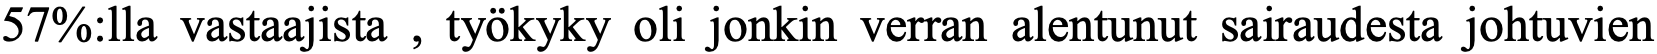
57%:lla vastaajista , työkyky oli jonkin verran alentunut sairaudesta johtuvien